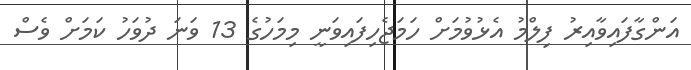
އަންގާފައިވާއިރު ފިލްމު އެޅުވުމަށް ހަމަޖެހިފައިވަނީ މިމަހުގެ 13 ވަނަ ދުވަހު ކަމަށް ވެސް